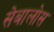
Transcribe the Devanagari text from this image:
सेबालोस